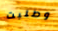
وطلبت